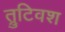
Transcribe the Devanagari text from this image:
त्रुटिवश